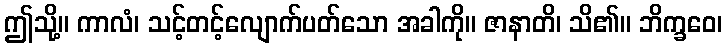
ဤသို့။ ကာလံ၊ သင့်တင့်လျောက်ပတ်သော အခါကို။ ဇာနာတိ၊ သိ၏။ ဘိက္ခဝေ၊